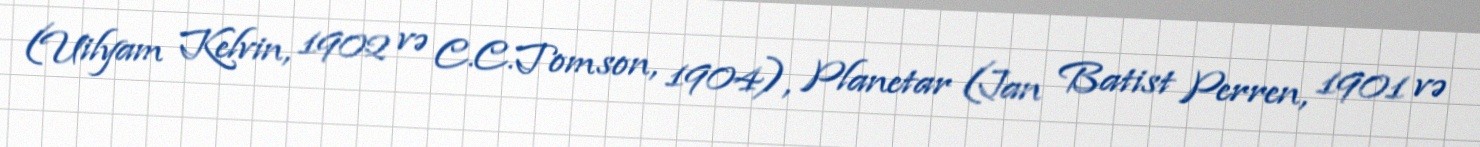
(Uilyam Kelvin, 1902 və C.C.Tomson, 1904), Planetar (Jan Batist Perren, 1901 və